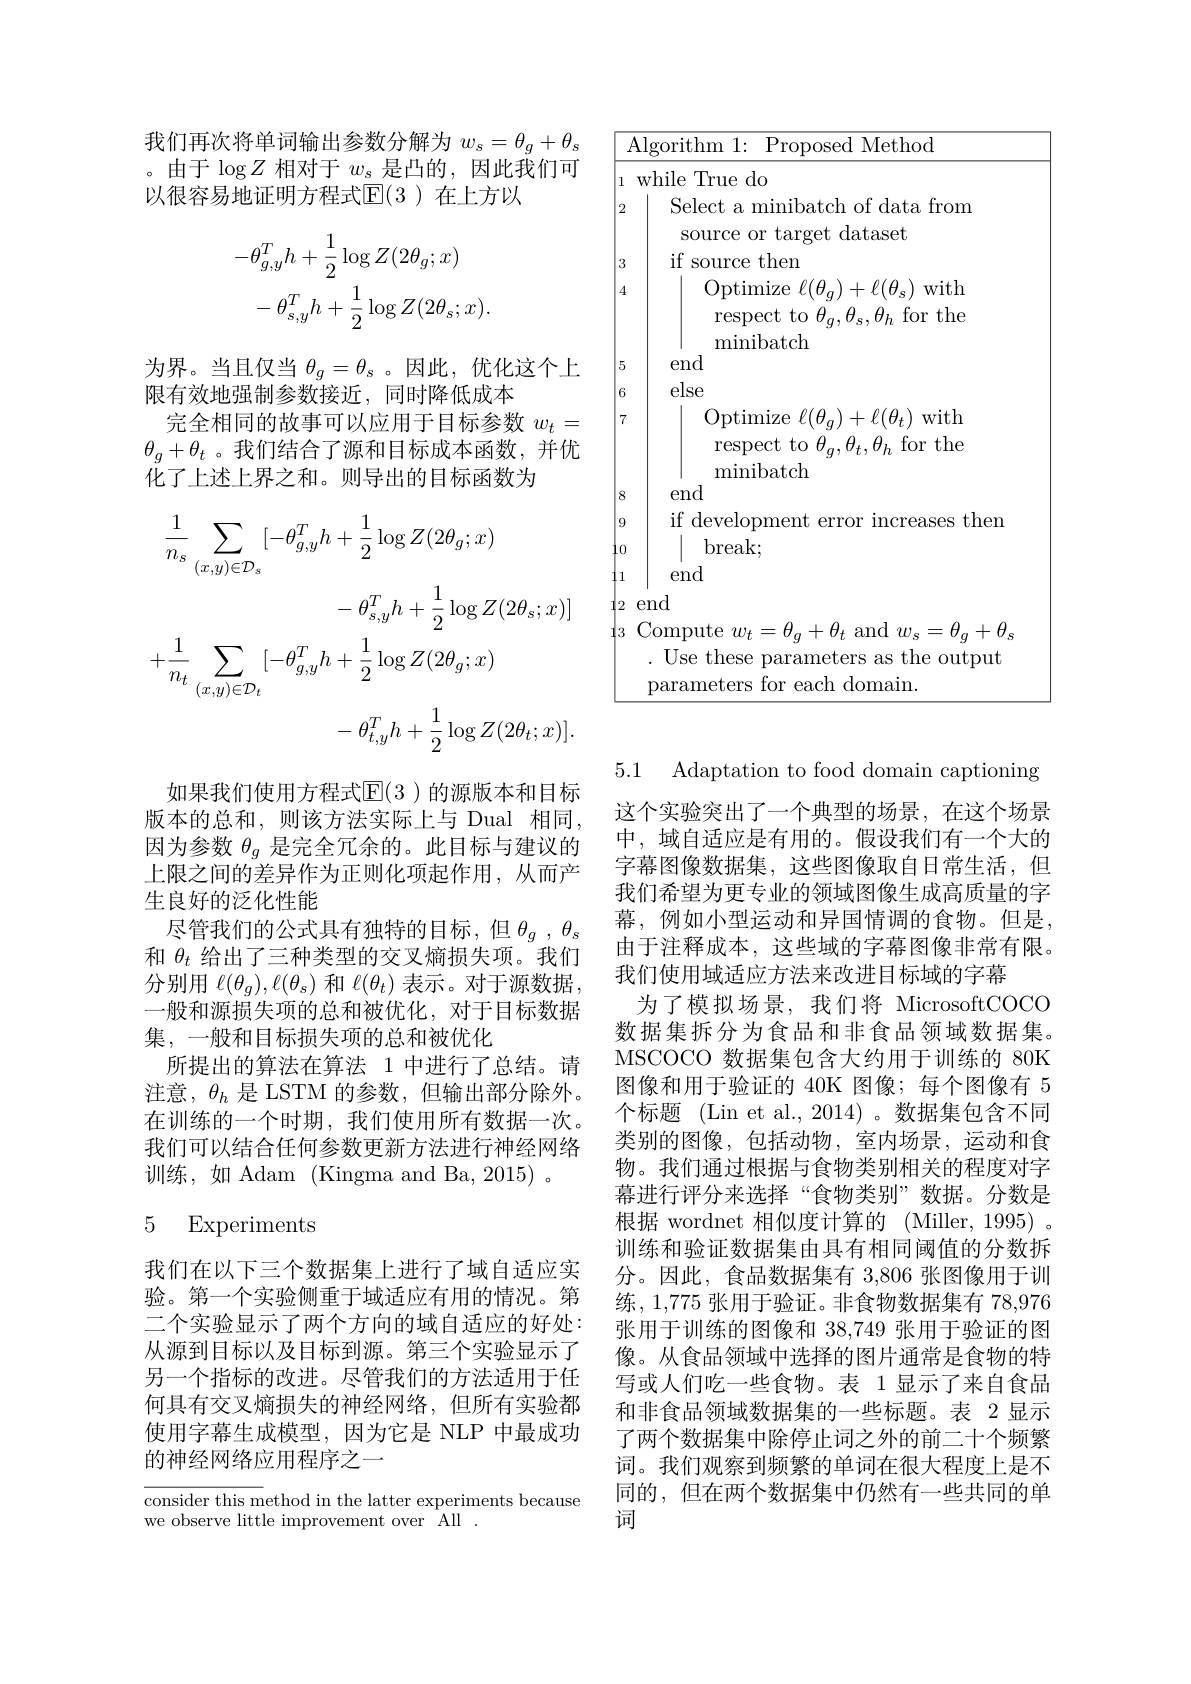
我们再次将单词输出参数分解为$w_s=\theta_g+\theta_s$ 。由于$\log Z$相对于$w_s$是凸的，因此我们可以很容易地证明方程式$\mathbb{E}(3)$ 在上方以
$$\begin{aligned}&-\theta_{g,y}^{T}h+\frac{1}{2}\log Z(2\theta_{g};x)\\&-\theta_{s,y}^{T}h+\frac{1}{2}\log Z(2\theta_{s};x).\end{aligned}$$
为界。当且仅当$\theta_g=\theta_\mathrm{s}$ 。因此，优化这个上
限有效地强制参数接近，同时降低成本
完全相同的故事可以应用于目标参数$w_t=$ $\theta_g+\theta_t$ 。我们结合了源和目标成本函数，并优化了上述上界之和。则导出的目标函数为
$$\begin{aligned}\frac{1}{n_{s}}\sum_{(x,y)\in\mathcal{D}_{s}}[-\theta_{g,y}^{T}h+\frac{1}{2}\log Z(2\theta_{g};x)\\&-\theta_{s,y}^{T}h+\frac{1}{2}\log Z(2\theta_{s};x)]\\+\frac{1}{n_{t}}\sum_{(x,y)\in\mathcal{D}_{t}}[-\theta_{g,y}^{T}h+\frac{1}{2}\log Z(2\theta_{g};x)\\&-\theta_{t,y}^{T}h+\frac{1}{2}\log Z(2\theta_{t};x)].\end{aligned}$$
<table>
	<tbody>
		<tr>
			<th> </th>
			<th>Algorithm 1: Proposed Method</th>
		</tr>
		<tr>
			<td>1</td>
			<td>while True do</td>
		</tr>
		<tr>
			<td>2</td>
			<td>Select a minibatch of data from source or target dataset</td>
		</tr>
		<tr>
			<td>3</td>
			<td>if source then</td>
		</tr>
		<tr>
			<td>4</td>
			<td>Optimize $\ell(\theta_{g})+\ell(\theta_{s})$ with respect to $\theta_{q},\theta_{s},\theta_{h}$ for the</td>
		</tr>
		<tr>
			<td>5</td>
			<td>end</td>
		</tr>
		<tr>
			<td>6</td>
			<td>else</td>
		</tr>
		<tr>
			<td> </td>
			<td>minibatch amd</td>
		</tr>
		<tr>
			<td>C $q$</td>
			<td>LIU if develo $_{\mathrm{ases~then}}$</td>
		</tr>
		<tr>
			<td>1 1</td>
			<td> </td>
		</tr>
		<tr>
			<td>11 1</td>
			<td>$\mathbf{U}\mathbf{U}\mathbf{L}\mathbf{\Lambda}$, end</td>
		</tr>
		<tr>
			<td>2</td>
			<td>end</td>
		</tr>
		<tr>
			<td>2 3</td>
			<td>em Compute $w_{t}=\theta_{g}+\theta_{t}$ and $w_{s}=\theta_{g}+\theta_{g}$ . Use these parameters as the output parameters for each domain.</td>
		</tr>
		<tr>
			<td>4 3</td>
			<td>VILU Compute $w_{t}=\theta_{q}+\theta_{t}$ and $w_{s}=\theta_{q}+\theta_{s}$ . Use these parameters as the output parameters for each domain.</td>
		</tr>
		<tr>
			<td>17</td>
			<td>$\Pi_{\mathrm{Se}}$ these parameters as the output</td>
		</tr>
		<tr>
			<td> </td>
			<td>parameters for each domain.</td>
		</tr>
	</tbody>
</table>

如果我们使用方程式$\overline{\mathrm{E}}(3)$ 的源版本和目标版本的总和，则该方法实际上与 Dual 相同， 因为参数$\theta_g$是完全冗余的。此目标与建议的上限之间的差异作为正则化项起作用，从而产生良好的泛化性能
尽管我们的公式具有独特的目标，但$\theta_g,\theta_s$ 和$\theta_t$给出了三种类型的交叉熵损失项。我们分别用$\ell(\theta_g),\ell(\theta_s)$和$\ell(\theta_t)$表示。对于源数据， 一般和源损失项的总和被优化，对于目标数据集，一般和目标损失项的总和被优化
所提出的算法在算法 1 中进行了总结。请注意，$\theta_h$是 LSTM 的参数，但输出部分除外。在训练的一个时期，我们使用所有数据一次。我们可以结合任何参数更新方法进行神经网络训练，如 Adam (Kingma and Ba, 2015) 。

### 5 Experiments

我们在以下三个数据集上进行了域自适应实验。第一个实验侧重于域适应有用的情况。第二个实验显示了两个方向的域自适应的好处： 从源到目标以及目标到源。第三个实验显示了另一个指标的改进。尽管我们的方法适用于任何具有交叉熵损失的神经网络，但所有实验都使用字幕生成模型，因为它是 NLP 中最成功的神经网络应用程序之一

$\overline{\text{consider this method in the latter experiments because}}$
we observe little improvement over All .

5.1 Adaptation to food domain captioning 这个实验突出了一个典型的场景，在这个场景中，域自适应是有用的。假设我们有一个大的字幕图像数据集，这些图像取自日常生活，但我们希望为更专业的领域图像生成高质量的字幕，例如小型运动和异国情调的食物。但是， 由于注释成本，这些域的字幕图像非常有限。我们使用域适应方法来改进目标域的字幕
为了模拟场景，我们将 MicrosoftCOCO 数据集拆分为食品和非食品领域数据集。MSCOCO 数据集包含大约用于训练的 80K 图像和用于验证的 40K 图像；每个图像有 5个标题 (Lin et al., 2014)。数据集包含不同类别的图像，包括动物，室内场景，运动和食物。我们通过根据与食物类别相关的程度对字幕进行评分来选择“食物类别”数据。分数是根据 wordnet 相似度计算的 (Miller,1995)。训练和验证数据集由具有相同阈值的分数拆分。因此，食品数据集有 3,806 张图像用于训练，1,775 张用于验证。非食物数据集有78，976张用于训练的图像和 38,749 张用于验证的图像。从食品领域中选择的图片通常是食物的特写或人们吃一些食物。表 1显示了来自食品和非食品领域数据集的一些标题。表 2 显示了两个数据集中除停止词之外的前二十个频繁词。我们观察到频繁的单词在很大程度上是不同的，但在两个数据集中仍然有一些共同的单词